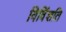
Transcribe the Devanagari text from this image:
विविंशति